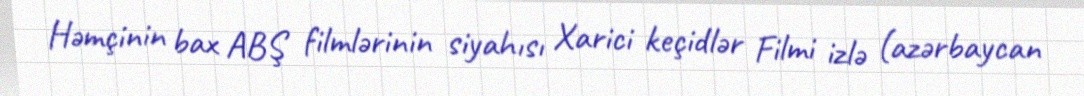
Həmçinin bax ABŞ filmlərinin siyahısı Xarici keçidlər Filmi izlə (azərbaycan